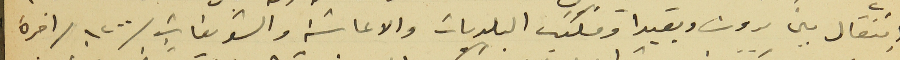
انتقال بين بيروت وبعبدا ومكتب البلديات والاعاشة والشويفات /١٢٠٠ /اجرة